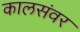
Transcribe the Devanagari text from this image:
कालसंवर